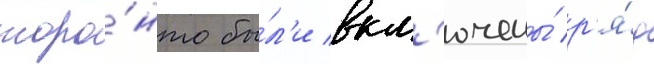
торо́нто бы́л'и вкл'ючены́ р'я́д